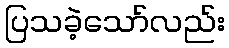
ပြသခဲ့သော်လည်း